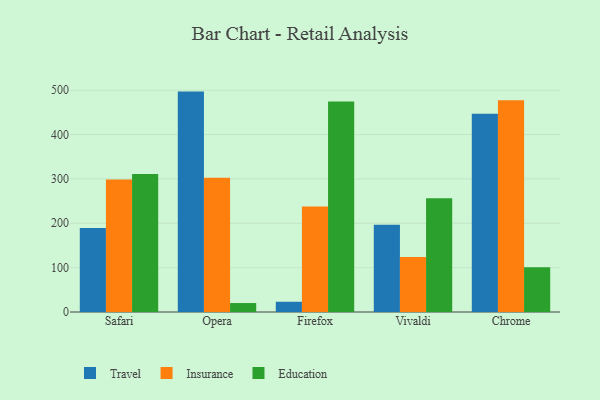
{"axis": {"x": "Browser", "y": "Latency (ms)"}, "legend": ["Education", "Insurance", "Travel"], "data": [{"x": "Safari", "y": 189.6, "type": "Travel"}, {"x": "Safari", "y": 298.7, "type": "Insurance"}, {"x": "Safari", "y": 311.3, "type": "Education"}, {"x": "Opera", "y": 496.8, "type": "Travel"}, {"x": "Opera", "y": 302.8, "type": "Insurance"}, {"x": "Opera", "y": 20.2, "type": "Education"}, {"x": "Firefox", "y": 23.1, "type": "Travel"}, {"x": "Firefox", "y": 237.9, "type": "Insurance"}, {"x": "Firefox", "y": 474.5, "type": "Education"}, {"x": "Vivaldi", "y": 196.9, "type": "Travel"}, {"x": "Vivaldi", "y": 123.8, "type": "Insurance"}, {"x": "Vivaldi", "y": 256.6, "type": "Education"}, {"x": "Chrome", "y": 446.9, "type": "Travel"}, {"x": "Chrome", "y": 477.5, "type": "Insurance"}, {"x": "Chrome", "y": 100.6, "type": "Education"}]}